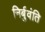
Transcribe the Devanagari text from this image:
निर्बुवंति